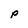
Character: p